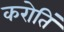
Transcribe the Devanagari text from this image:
करोतिं